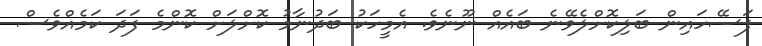
ފަސޭހައިން ބަލިކޮށްލެވޭނެ ބައެއް ނޫނެވެ. އެމީހަކު ބަދުނާމު ކޮށްލަށް ކޮންމެ ފަދަ ކަމެއްވެސް